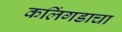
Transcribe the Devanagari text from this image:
कलिंगडाचा